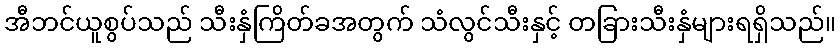
အီဘင်ယူစွပ်သည် သီးနှံကြိတ်ခအတွက် သံလွင်သီးနှင့် တခြားသီးနှံများရရှိသည်။